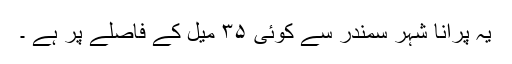
یہ پرانا شہر سمندر سے کوئی ۳۵ میل کے فاصلے پر ہے ۔